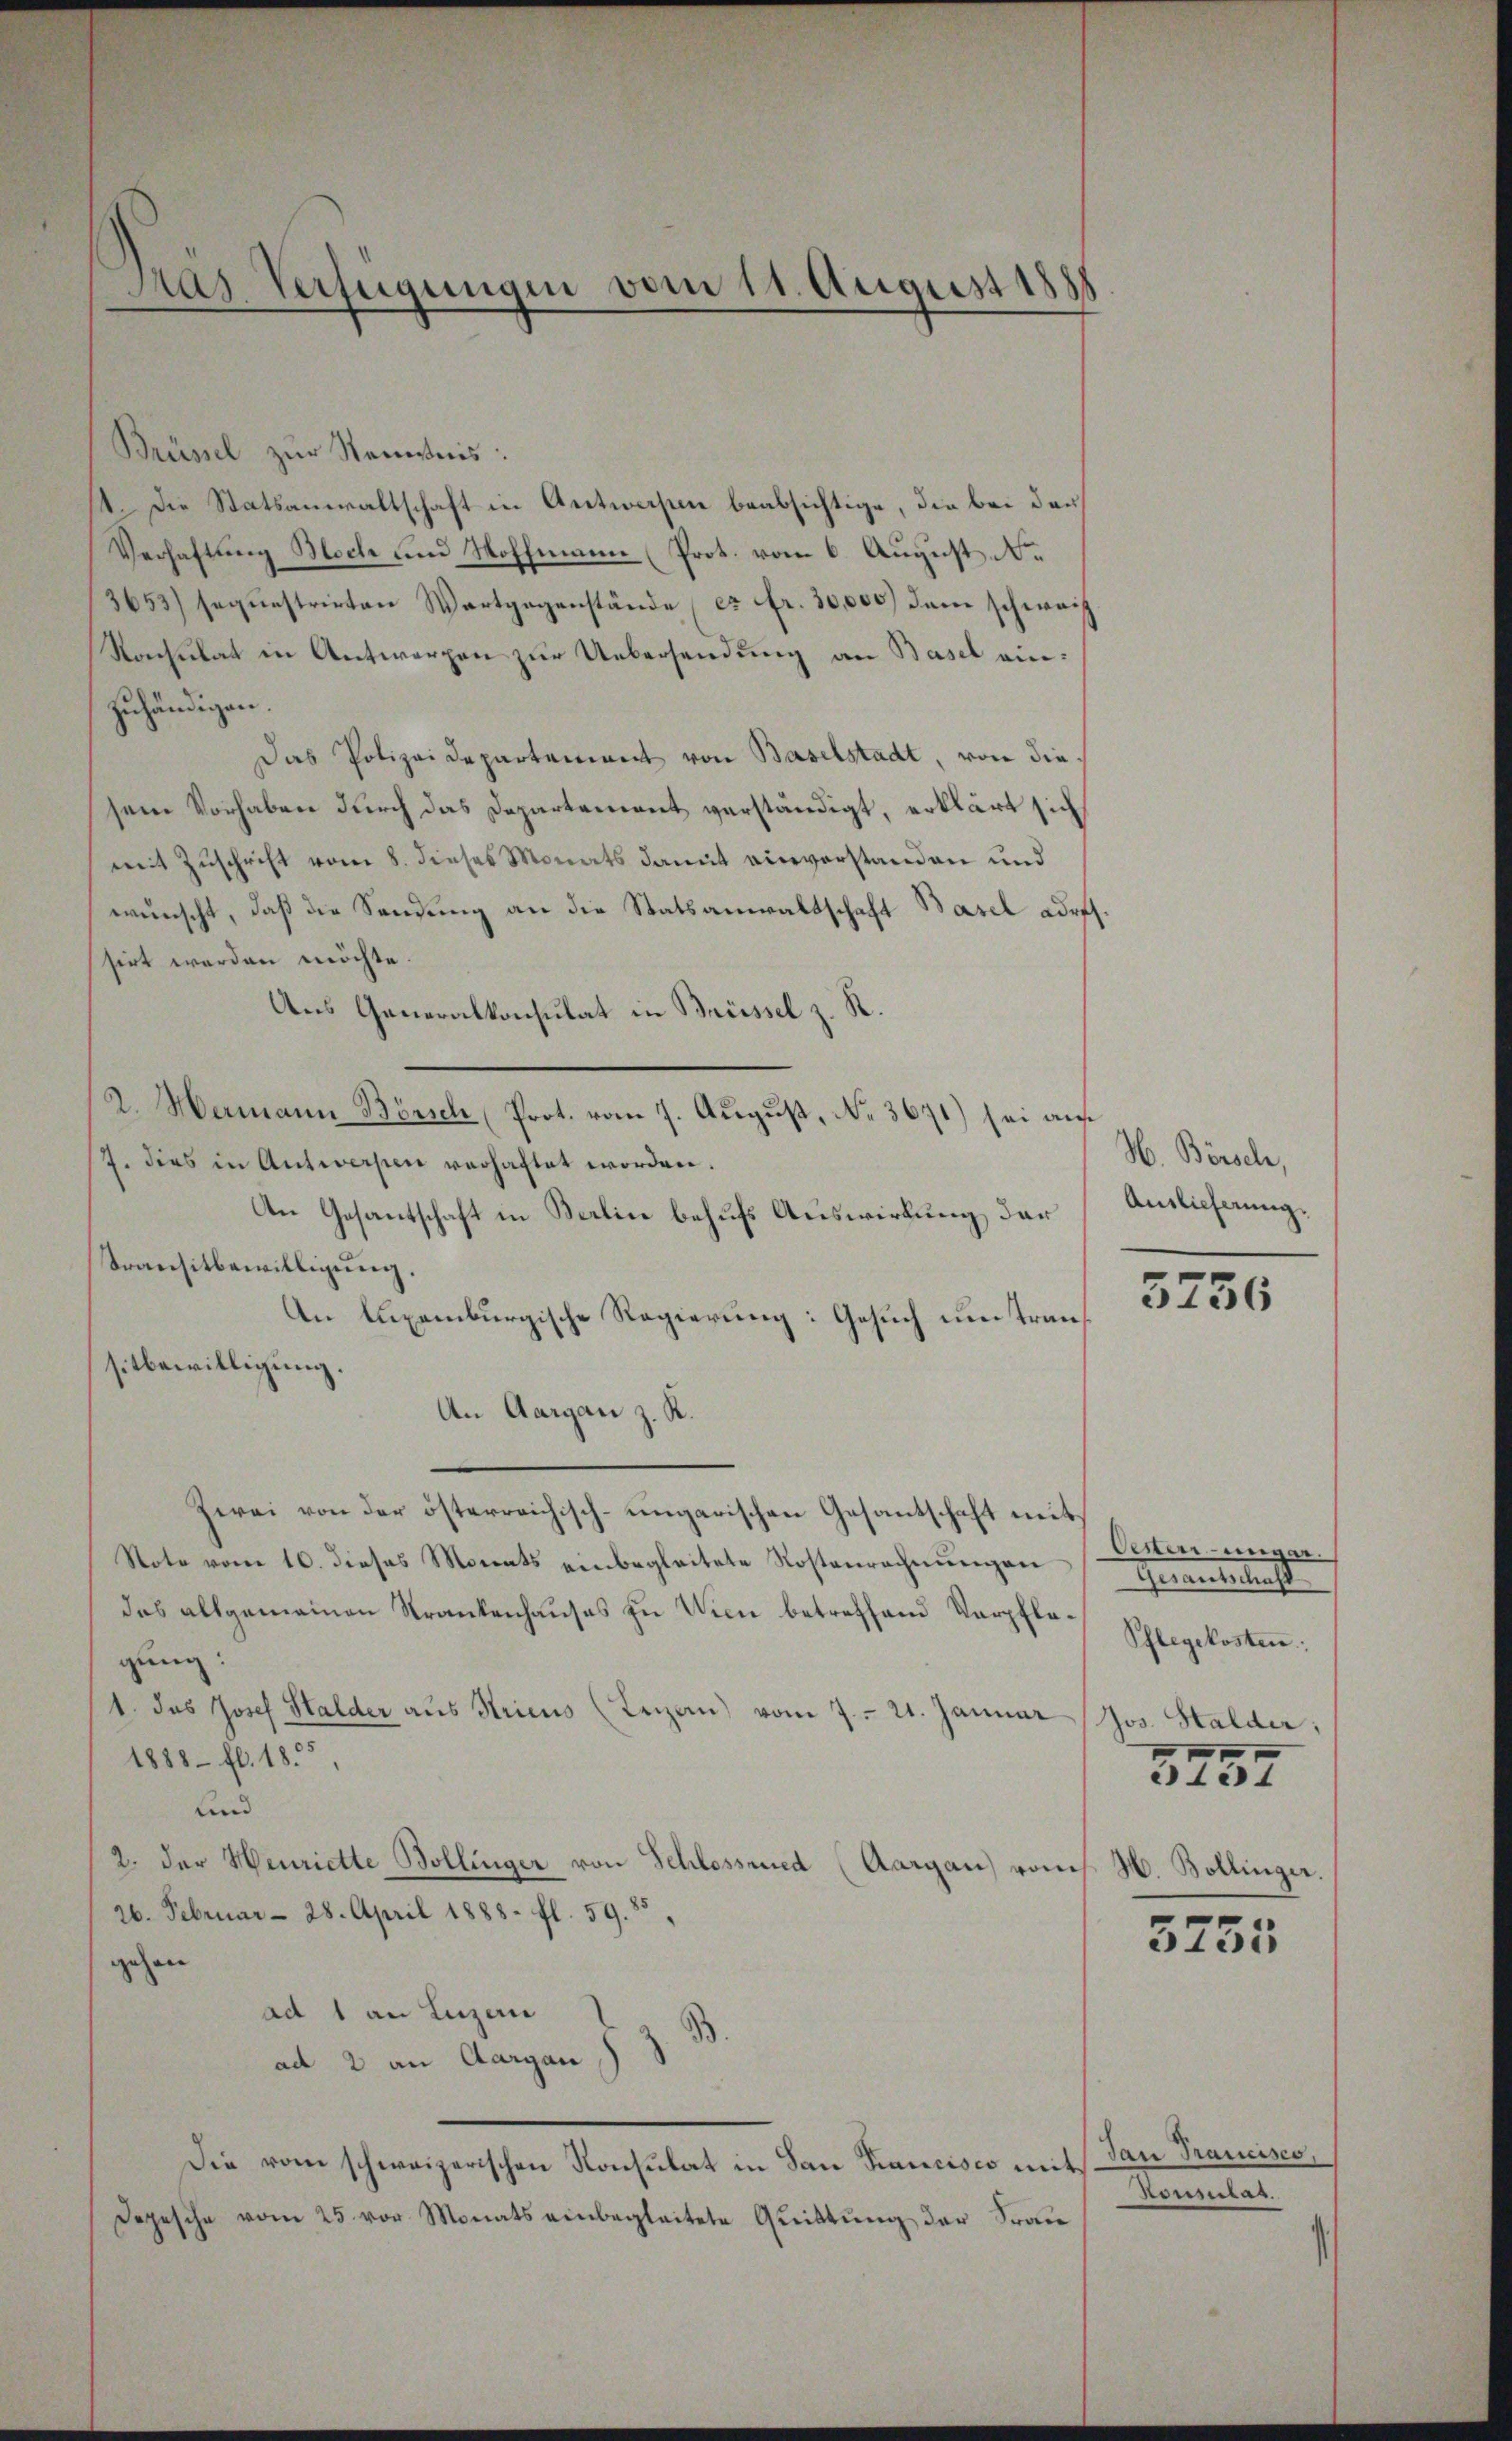
Pras Verfügungen vom 11. August 1888

Brüssel zur Kenntnis:
/14. Die Statsanwaltschaft in Antwerpen beabsichtige, die bei den
Verhaftung Moch und Hoffmann (Prot. vom 6. August, Ne
3653) sequestrirten Wartgegenstände es fr. 30,000 dem schweiz
Konsulat in Antworgen zur Uebersendung an Basel einzuhändigen.
Das Polizeidepartement von Baselstadt, von diesein Vorhaben durch das Departement verständigt, erklärt sich
mit Zuschrift vom 8. dieses Monats damit einverstanden und
wünscht, daß die Sendung an die Statsanwaltschaft Basel ader
sirt werden möchte.
Aus Generalkonsulat in Brüssel z. R.
2. Mamann Börsch (Prot. vom 7. August, No. 3671) sei auf
17. dies in Antworfen verhaftet worden.
An Gesantschaft in Karlin behufs Auswirkung der
Transitbewilligŭng.
An luxemburgische Regierung: Gesuch um transitbewilligung.
An Aargau z. R.
Zwei von der österreichisch-ungarischen Gesantschaft mit¬
Note vom 10. dieses Monats einbegleitete Kostenrechnŭngen
das allgemeinen Strankenhauses zu Wien betreffend Verpflegung:
1. das Josef Halder aus Stricus (Leizan) vom 7. 21. Januar
1888 fl. 185,
und
2. der Henriette Bollinger von Schlossened (Aargau vom
26. Februar – 28. April 1888. fl. 59. 55,
gehen
ad 1 an Luzern
ad 2 an Aargau
Die vom schweizerischen Konsulat in San Francisco mit
Depesche vom 25. vor Monats einbegleitete Quittung der Frau

¬

N. Börsche,
Auslieferung.

5756

Oesen ungar.
Gesantschaft,
Pflegekosten:
Jos. Halder,
3757
H. Bollinger.

5755

Jan Trancisco,
Konntag.